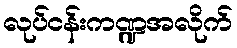
လုပ်ငန်းကဏ္ဍအလိုက်